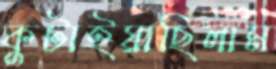
কুটাইয়াছিলাম